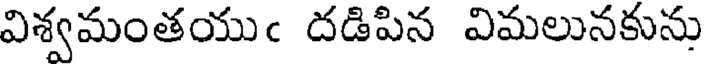
విశ్వమంతయుఁ దడిపిన విమలునకును